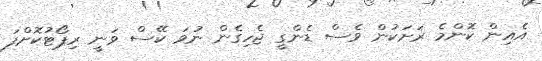
އެއިން ކޮންމެ ރަށަކުން ވެސް ޑެންގީ ޖެހިގެން ނުވަ ކޭސް ވަނީ ރިޕޯޓުކޮށްފަ